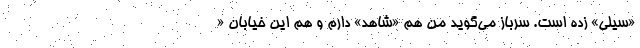
«سیلی» زده است. سرباز می‌گوید من هم «شاهد» دارم و هم این خیابان «